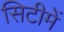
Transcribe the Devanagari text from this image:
सिटीमें